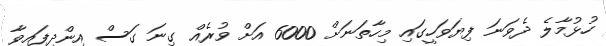
ހުޅުމާލެ ދެވަނަ ފިޔަވަހީގައި މިހާތަނަށް 6000 އަށް ވުރެއް ގިނަ ގަސް އިންދިފައިވާ